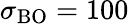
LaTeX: \sigma_{\mathrm{BO}}=100\